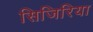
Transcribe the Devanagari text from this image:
सिजिरिया